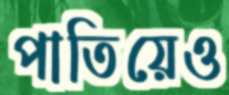
পাতিয়েও